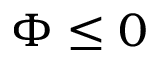
\Phi \le 0